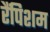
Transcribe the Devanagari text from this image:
रैंपिशम